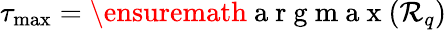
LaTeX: \tau_{\operatorname*{max}}=\ensuremath{\mathrm{~a~r~g~m~a~x~}}(\mathcal{R}_{q})